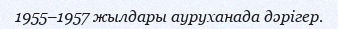
1955–1957 жылдары ауруханада дәрігер.